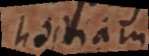
hostiam